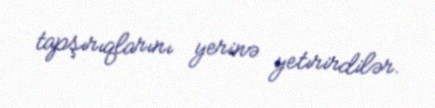
tapşırıqlarını yerinə yetırirdilər.